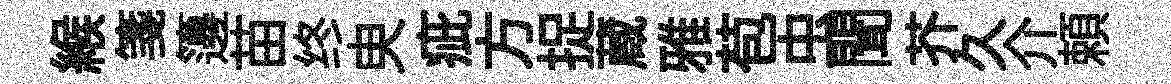
緱箋籩苗终㬰疵方捉蔵雅苞虫聞芥久介頼